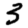
Digit: 3